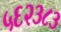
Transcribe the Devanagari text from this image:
५६२३८३